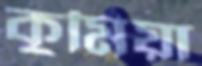
কুমিয়া